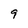
Character: 9